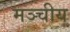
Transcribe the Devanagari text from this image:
मञ्चीय